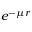
e ^ { - \mu r }